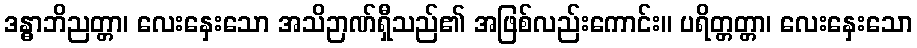
ဒန္ဓာဘိညတ္တာ၊ လေးနှေးသော အသိဉာဏ်ရှီသည်၏ အဖြစ်လည်းကောင်း။ ပရိတ္တတ္တာ၊ လေးနှေးသော